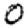
Digit: 0